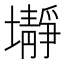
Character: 𱘕